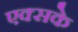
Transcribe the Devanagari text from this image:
एक्सके